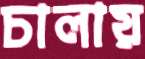
চালায়